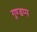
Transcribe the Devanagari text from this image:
गुण्डप्प